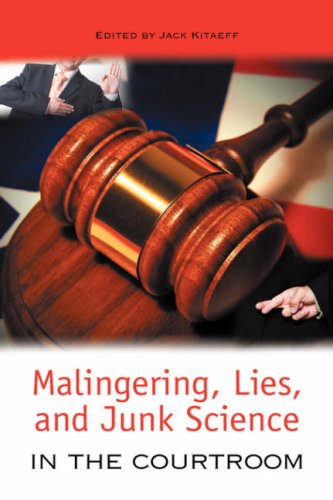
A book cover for Malingering, Lies, and Junk Science in the Courtroom; Law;